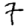
Digit: 7